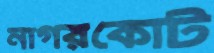
নাগরকোট